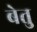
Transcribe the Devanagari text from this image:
बेतु